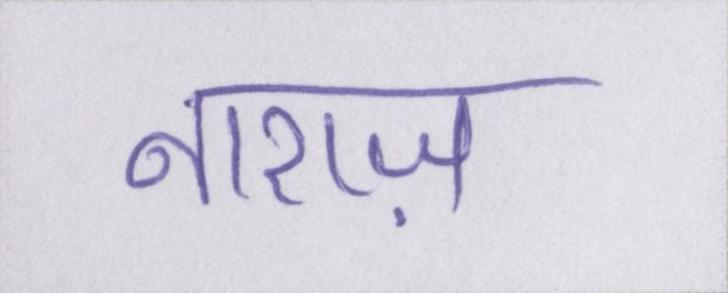
नाराज़